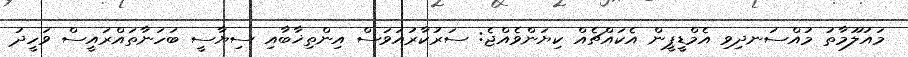
މައުލޫމާތު މުއްސަނދިވި އެމްޑީޕީން އެކައްޗެއް ކިޔަންވެއްޖެ: ސަރުކާރުއަވަސް އިންތިޚާބާއި ސިޔާސީ ބަހަނާތައްރައީސް ވަހީދު